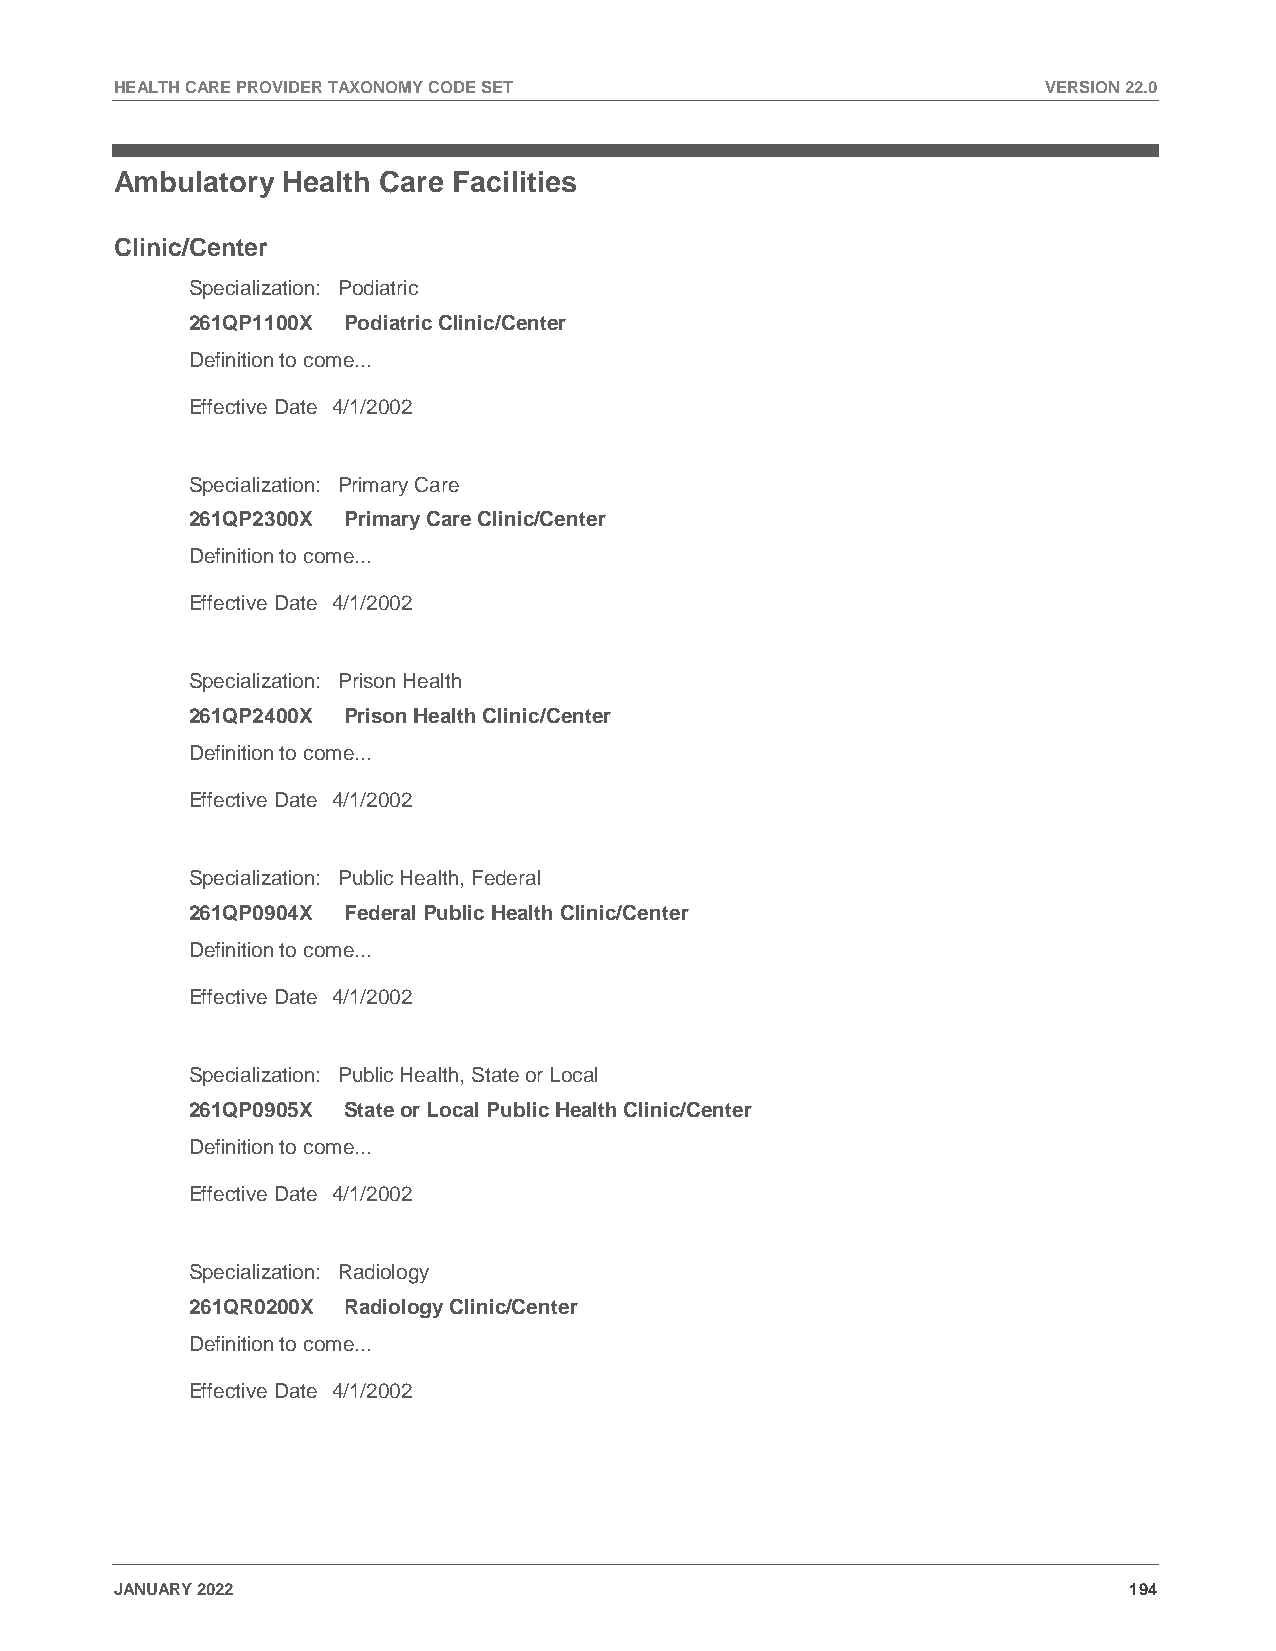
HEALTH CARE PROVIDER TAXONOMY CODE SET                       VERSION 22.0
 Ambulatory Health Care Facilities
 Clinic/Center
 Specialization: Podiatric
 261QP1100X Podiatric Clinic/Center
 Definition to come...
 Effective Date 4/1/2002
 Specialization: Primary Care
 261QP2300X Primary Care Clinic/Center
 Definition to come...
 Effective Date 4/1/2002
 Specialization: Prison Health
 261QP2400X Prison Health Clinic/Center
 Definition to come...
 Effective Date 4/1/2002
 Specialization: Public Health, Federal
 261QP0904X Federal Public Health Clinic/Center
 Definition to come...
 Effective Date 4/1/2002
 Specialization: Public Health, State or Local
 261QP0905X State or Local Public Health Clinic/Center
 Definition to come...
 Effective Date 4/1/2002
 Specialization: Radiology
 261QR0200X Radiology Clinic/Center
 Definition to come...
 Effective Date 4/1/2002
 JANUARY 2022                                                       194